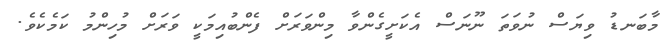
މާބަނޑު ވިޔަސް ނުވަތަ ނޫނަސް އެކަށީގެންވާ މިންވަރަށް ފެންބުއިމަކީ ވަރަށް މުހިންމު ކަމެކެވެ.